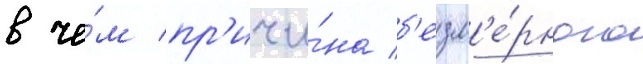
в че́м пр'ичи́на б'езм'е́рного